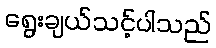
ရွေးချယ်သင့်ပါသည်